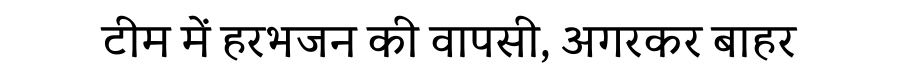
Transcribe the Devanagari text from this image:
टीम में हरभजन की वापसी, अगरकर बाहर